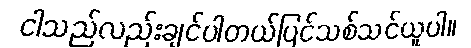
ငါသည်လည်းချင်ပါတယ်ပြင်သစ်သင်ယူပါ။